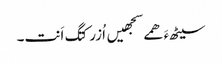
سیٹھءَ ھمے سجھیں اُزرکتگ اَنت۔